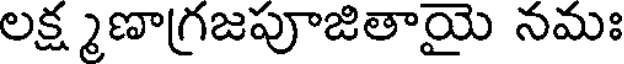
లక్ష్మణాగ్రజపూజితాయై నమః